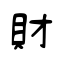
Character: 財